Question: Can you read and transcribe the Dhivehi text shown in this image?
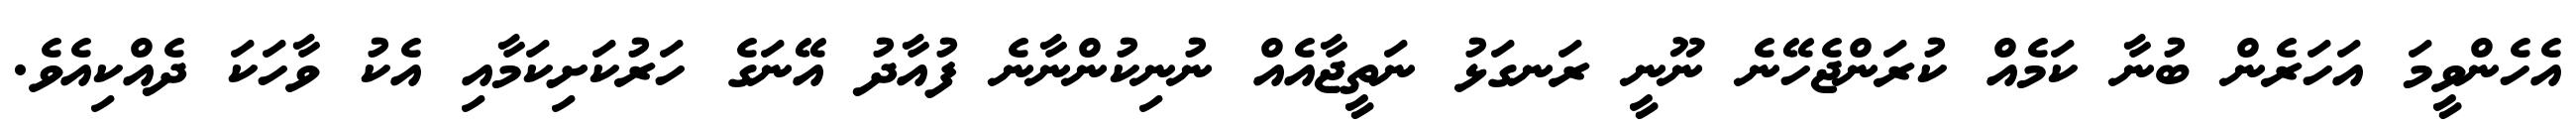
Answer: އެހެންވީމަ އަހަރެން ބުނާ ކަމެއް ކުރަންޖެހޭނެ ނޫނީ ރަނގަޅު ނަތީޖާއެއް ނުނިކުންނާނެ ފުއާދު އޭނަގެ ހަރުކަށިކަމާއި އެކު ވާހަކަ ދެއްކިއެވެ.